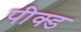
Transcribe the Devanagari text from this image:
पीक्ड